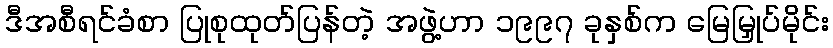
ဒီအစီရင်ခံစာ ပြုစုထုတ်ပြန်တဲ့ အဖွဲ့ဟာ ၁၉၉၇ ခုနှစ်က မြေမြှုပ်မိုင်း